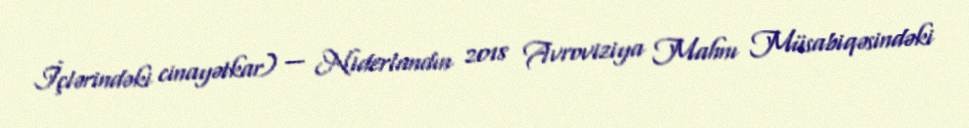
İçlərindəki cinayətkar) — Niderlandın 2018 Avroviziya Mahnı Müsabiqəsindəki